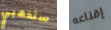
ستذهبي إقناعه